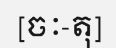
[ចៈ-តុ]